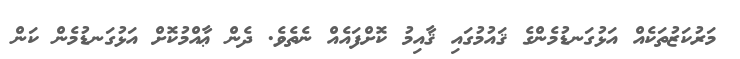
މަރުކަޒުތަކެއް އަޅުގަނޑުމެންގެ ޤައުމުގައި ޤާއިމު ކޮށްފައެއް ނެތެވެ. ދެން ޢާއްމުކޮށް އަޅުގަނޑުމެން ކަން